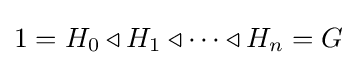
1=H_{0}\triangleleft H_{1}\triangleleft \cdots \triangleleft H_{n}=G